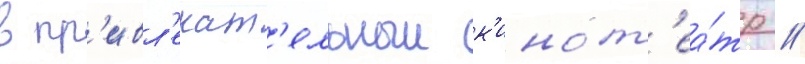
в пр'ивл'екат'ельныи к'инот'еа́тр //